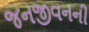
જનજીવનની